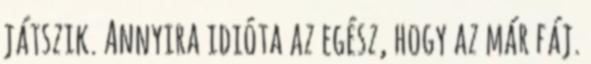
játszik. Annyira idióta az egész, hogy az már fáj.